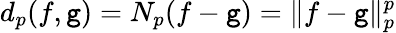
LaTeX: d_{p}(f,\mathtt{g})=N_{p}(f-\mathtt{g})=\| f-\mathtt{g}\| _{p}^{p}